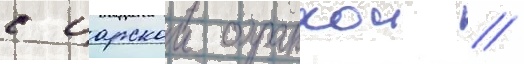
с царскои охранкои //